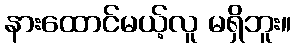
နားထောင်မယ့်လူ မရှိဘူး။